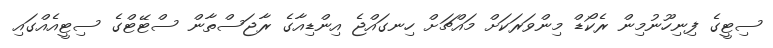
ސިޓީގެ ފިނިހޫނުމިން ރެކޯޑް މިންވަރަކަށް މައްޗަށް ހިނގައްޖެ އިންޑިއާގެ ރާޖަސްތާން ސްޓޭޓްގެ ސިޓީއެއްގައި